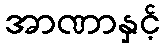
အာဏာနှင့်